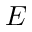
E